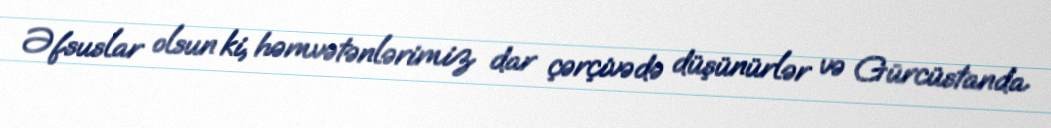
Əfsuslar olsun ki, həmvətənlərimiz dar çərçivədə düşünürlər və Gürcüstanda